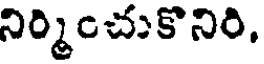
నిర్మించుకొనిరి,